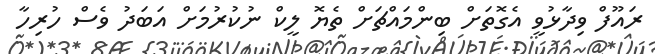
ރައޫފް ވިދާޅުވީ އެގޮތަށް ބިންމައްޗަށް ތެޔޮ ލީކް ނުކުރުމަށް އަބަދު ވެސް ހުރިހާ